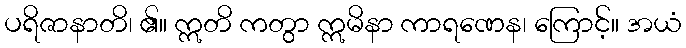
ပရိဇာနာတိ၊ ၏။ ဣတိ ကတွာ ဣမိနာ ကာရဏေန၊ ကြောင့်။ အယံ